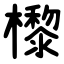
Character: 㰀